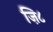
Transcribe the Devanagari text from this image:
ज़ि८